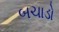
બચાડો